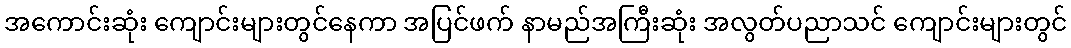
အကောင်းဆုံး ကျောင်းများတွင်နေကာ အပြင်ဖက် နာမည်အကြီးဆုံး အလွတ်ပညာသင် ကျောင်းများတွင်